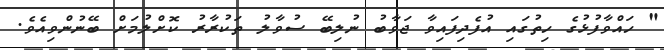
" ހައްވާފުޅުގެ ހިތުގައި އުފެދިފައިވާ ޖަވާބު ނުލިބޭ ސުވާލު ތަކުރާރު ކޮށްލުމަށް ބޭނުންވިއެވެ.